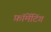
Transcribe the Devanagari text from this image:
फ़ॉर्मेटिंग